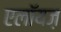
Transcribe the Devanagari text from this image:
एलॉयज़